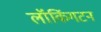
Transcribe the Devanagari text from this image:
लॉकिंगटन